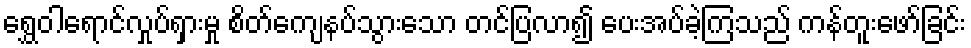
ရွှေဝါရောင်လှုပ်ရှားမှု စိတ်ကျေနပ်သွားသော တင်ပြလာ၍ ပေးအပ်ခဲ့ကြသည် ကန်တူးဖော်ခြင်း